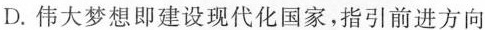
D. 伟大梦想即建设现代化国家，指引前进方向